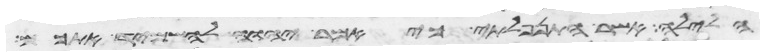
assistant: הלילה אשר התנפלתי כי אמר יהוה להשמיד אתכם